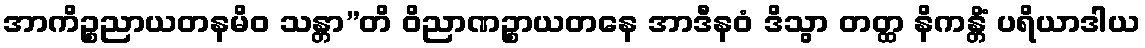
အာကိဉ္စညာယတနမိဝ သန္တာ”တိ ဝိညာဏဉ္စာယတနေ အာဒီနဝံ ဒိသွာ တတ္ထ နိကန္တိံ ပရိယာဒါယ